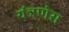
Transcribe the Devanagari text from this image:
यंत्रणेस